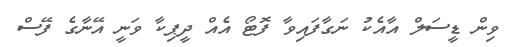
ވިން ޑީސަލް އާއެކު ނަގާފައިވާ ފޮޓޯ އެއް ދީޕިކާ ވަނީ އޭނާގެ ފޭސް